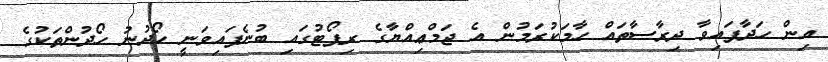
އިން ހަދާފައިވާ ދިރާސާތައް ހާމަކުރަމުން އެ ޖަމްޢިއްޔާގެ ރިޕޯޓުގައި ބުނެފައިވަނީ ހޯދުނު ހޯދުންތަކުގެ